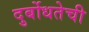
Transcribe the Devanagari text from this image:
दुर्बोधतेची